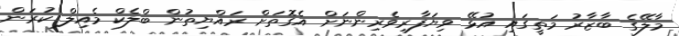
މާލޭގެ ބާޒާރު މަތީގައި އުޅޭ ވިޔަފާރިވެރިންނަށް އެގޮތަށް ރައްޔިތުން ބްލެކް މެއިލް ކުރަން